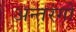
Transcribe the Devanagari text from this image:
अन्तरंगों